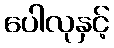
ပေါလုနှင့်